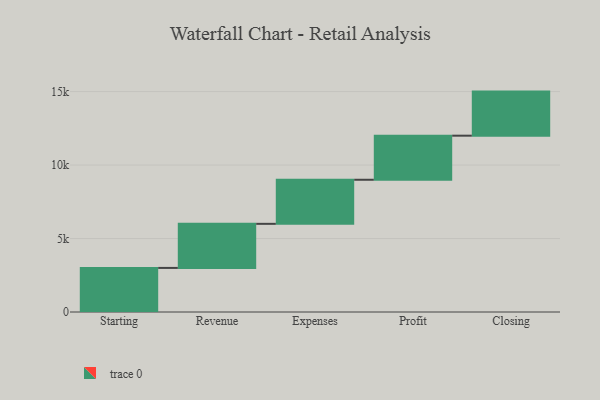
{"axis": {"x": "Step", "y": "Value"}, "legend": [""], "data": [{"x": "Starting", "y": 3000, "type": ""}, {"x": "Revenue", "y": 3000, "type": ""}, {"x": "Expenses", "y": 3000, "type": ""}, {"x": "Profit", "y": 3000, "type": ""}, {"x": "Closing", "y": 3000, "type": ""}]}